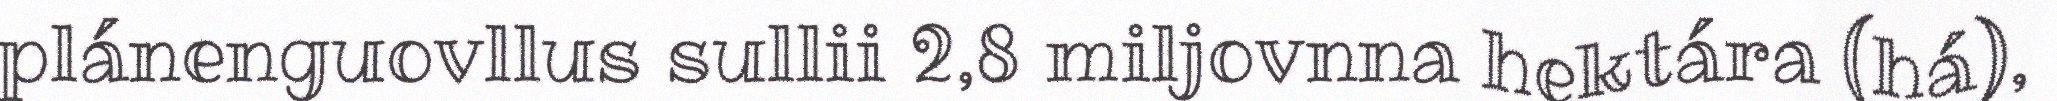
plánenguovllus sullii 2,8 miljovnna hektára (há),